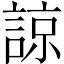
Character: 諒